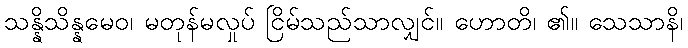
သန္နိသိန္နမေဝ၊ မတုန်မလှုပ် ငြိမ်သည်သာလျှင်။ ဟောတိ၊ ၏။ သေသာနိ၊